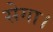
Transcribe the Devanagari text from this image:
सेगा।